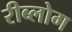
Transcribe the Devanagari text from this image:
रीब्लोग